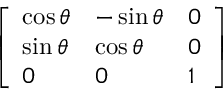
\left[ \begin{array} { l l l } { \cos \theta } & { - \sin \theta } & { 0 } \\ { \sin \theta } & { \cos \theta } & { 0 } \\ { 0 } & { 0 } & { 1 } \end{array} \right]